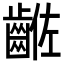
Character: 𪘡